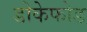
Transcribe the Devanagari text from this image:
डोकेफोड